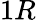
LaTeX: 1\textit{R}